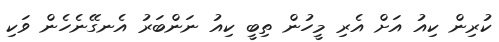
ކުރިން ކިއު އަށް އެރި މީހުން ތިބީ ކިއު ނަންބަރު އެނގޭނެހެން ވަކި